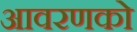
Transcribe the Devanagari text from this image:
आवरणको